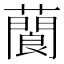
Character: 䕞